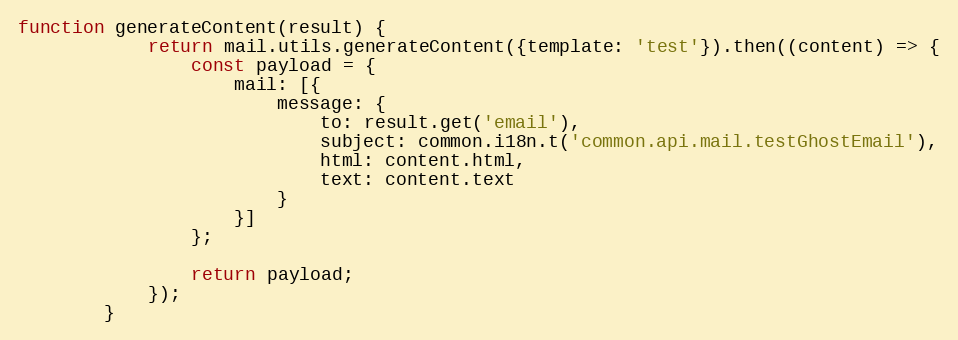
Language: JavaScript
function generateContent(result) {
            return mail.utils.generateContent({template: 'test'}).then((content) => {
                const payload = {
                    mail: [{
                        message: {
                            to: result.get('email'),
                            subject: common.i18n.t('common.api.mail.testGhostEmail'),
                            html: content.html,
                            text: content.text
                        }
                    }]
                };

                return payload;
            });
        }